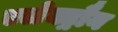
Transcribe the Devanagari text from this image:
एलेक्ट्रौन